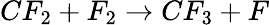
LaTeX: CF_{2}+F_{2}\rightarrow CF_{3}+F